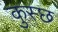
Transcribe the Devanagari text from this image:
कुस्छ